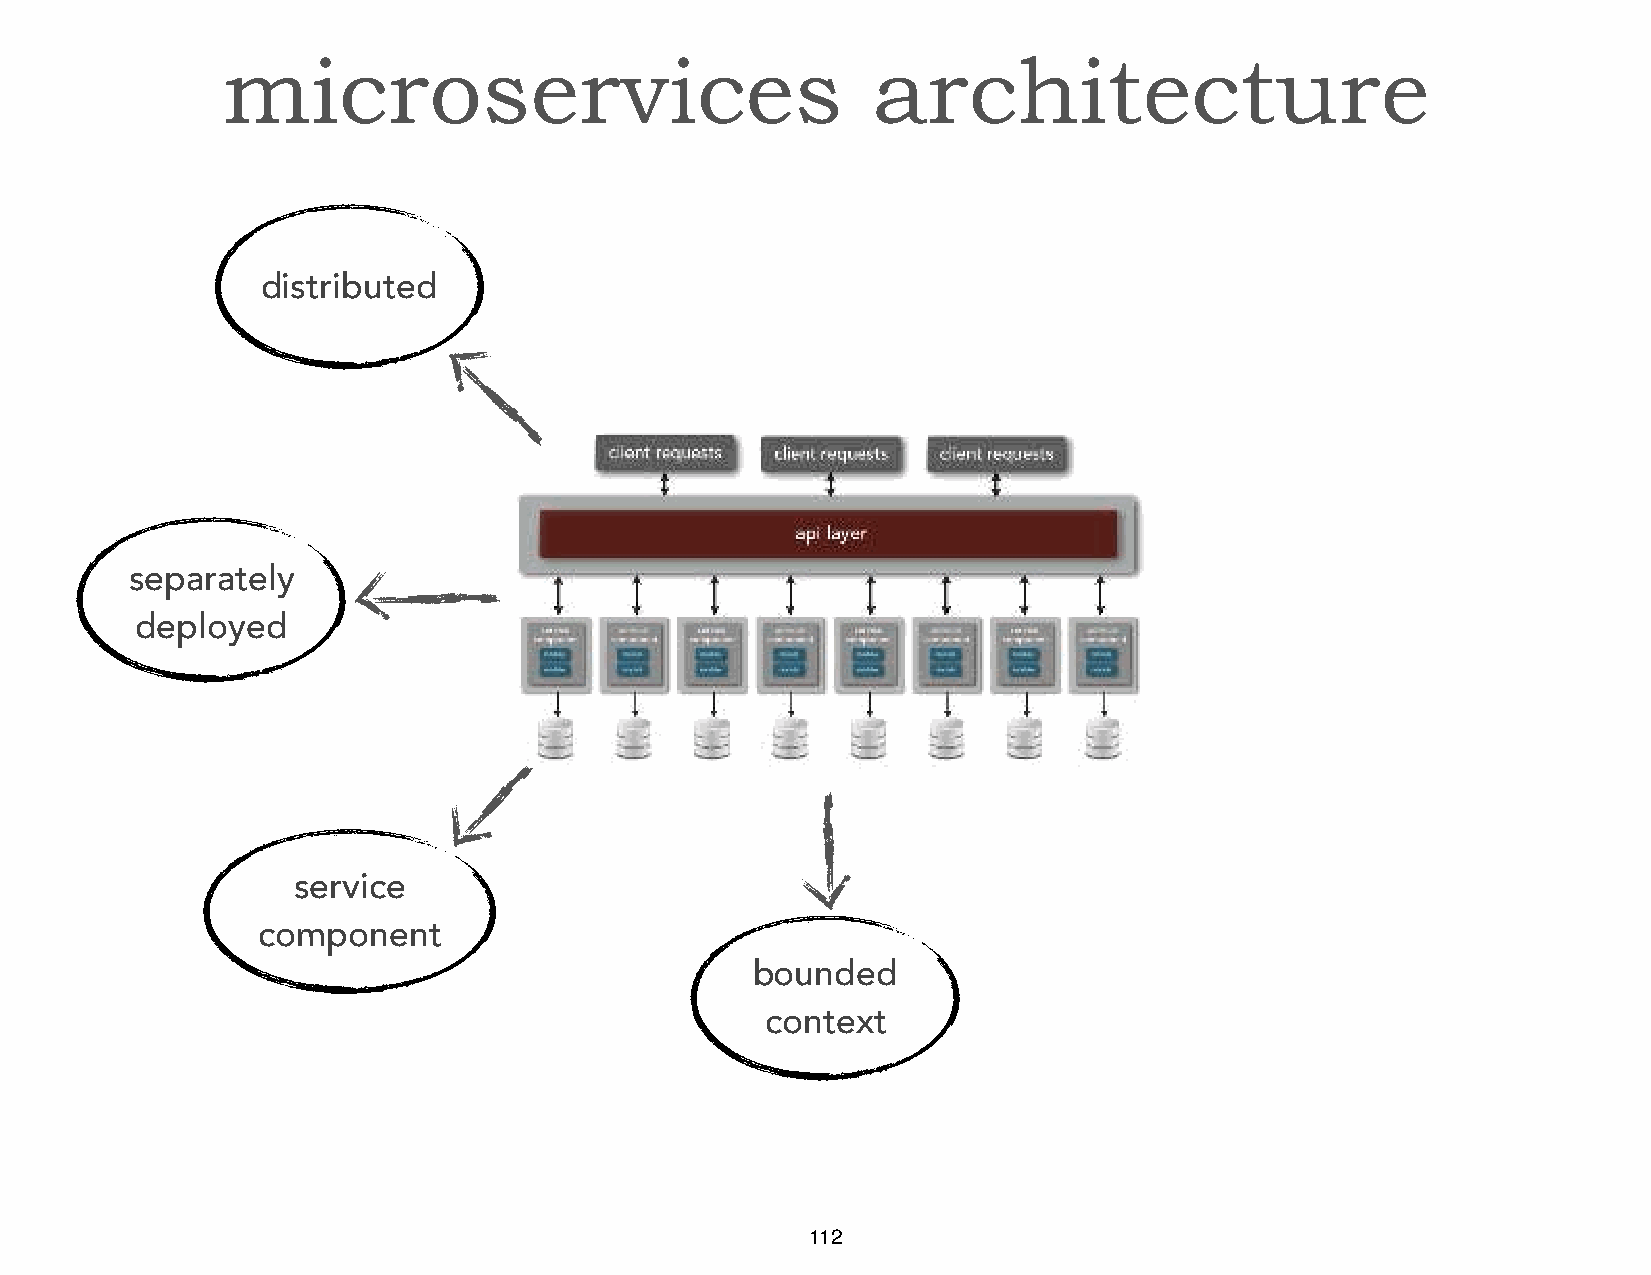
microservices                              architecture
 distributed
 separately
 deployed
 service
 component
 bounded
 context
 112